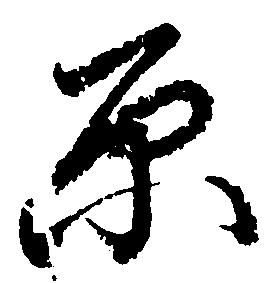
原